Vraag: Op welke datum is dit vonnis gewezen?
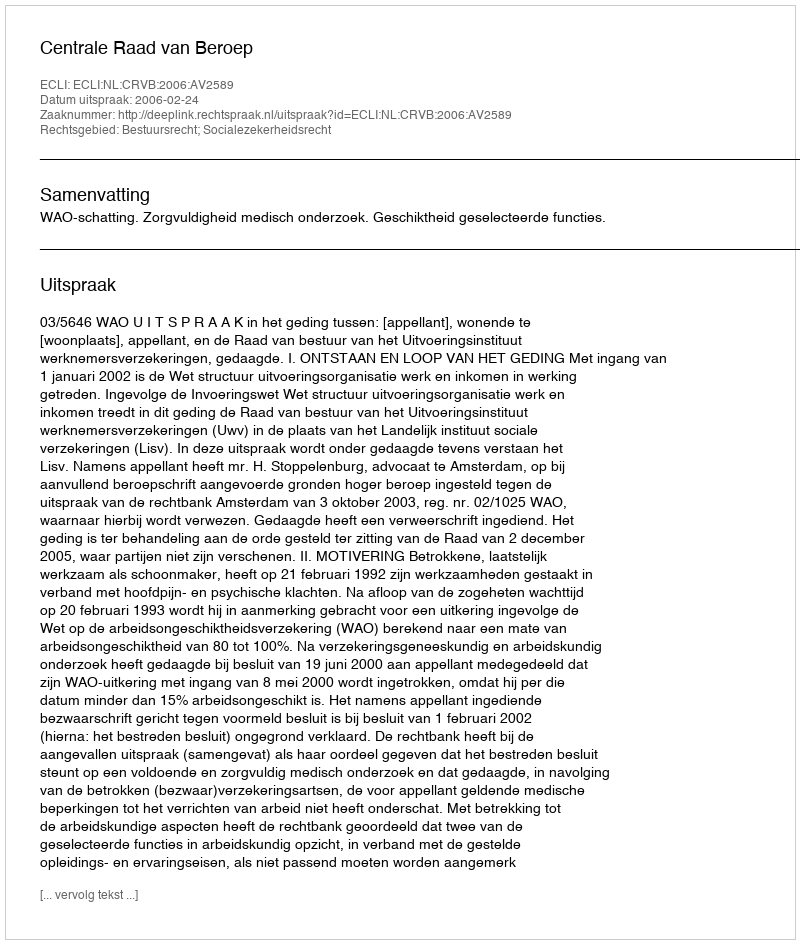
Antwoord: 2006-02-24